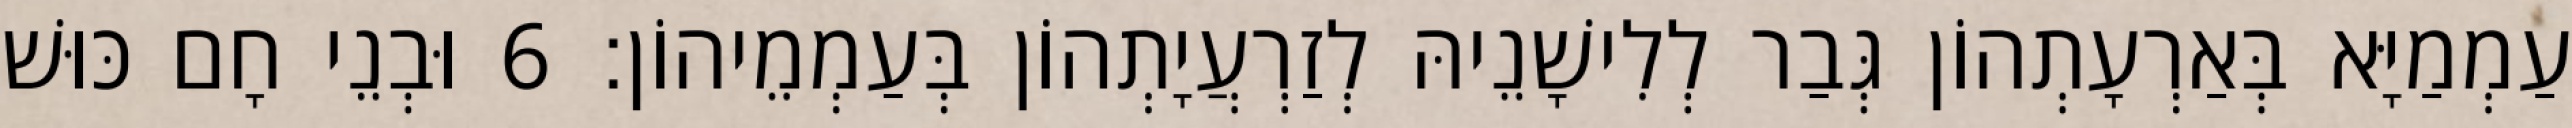
עַמְמַיָּא בְּאַרְעָתְהוֹן גְּבַר לְלִישָׁנֵיהּ לְזַרְעֲיָתְהוֹן בְּעַמְמֵיהוֹן׃ 6 וּבְנֵי חָם כּוּשׁ